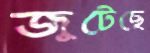
জুটেছে